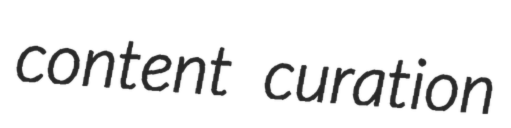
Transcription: content curation